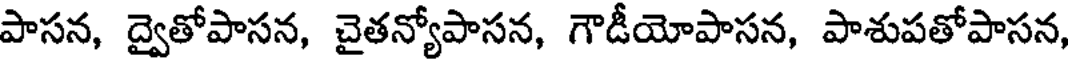
పాసన, ద్వైతోపాసన, చైతన్యోపాసన, గౌడీయోపాసన, పాశుపతోపాసన,